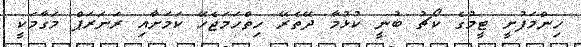
ހިންމަފުށީ ޓީމުގެ ކޯޗު ބުނީ ކުޅުމާ ދޭތެރޭ ހިތްހަމަޖެހޭ ކަމަށާއި ރަނަރަޕް މަގާމަކީ